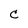
Character: C